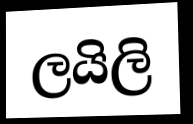
ලයිලි